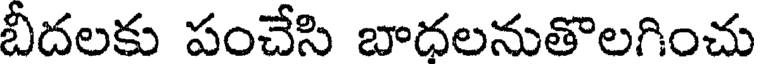
బీదలకు పంచేసి బాధలనుతొలగించు